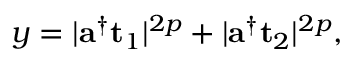
y = \lvert \mathbf { a } ^ { \dag } \mathbf { t } _ { 1 } \rvert ^ { 2 p } + \lvert \mathbf { a } ^ { \dag } \mathbf { t } _ { 2 } \rvert ^ { 2 p } ,